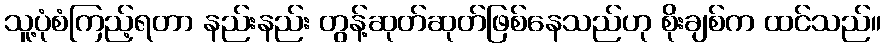
သူ့ပုံစံကြည့်ရတာ နည်းနည်း တွန့်ဆုတ်ဆုတ်ဖြစ်နေသည်ဟု စိုးချစ်က ထင်သည်။